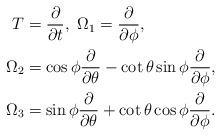
LaTeX: \begin{align*}T&=\frac{\partial}{\partial t},\ \Omega_1=\frac{\partial}{\partial \phi},\\\Omega_2&=\cos\phi\frac{\partial}{\partial \theta}-\cot\theta\sin\phi\frac{\partial}{\partial \phi},\\\Omega_3&=\sin\phi\frac{\partial}{\partial \theta}+\cot\theta\cos\phi\frac{\partial}{\partial \phi}.\end{align*}